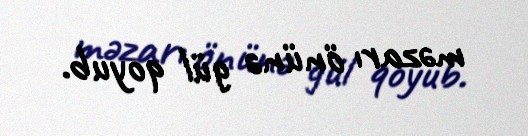
məzarı önünə gül qoyub.